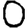
Digit: 0